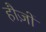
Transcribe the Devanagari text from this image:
हौज़ों